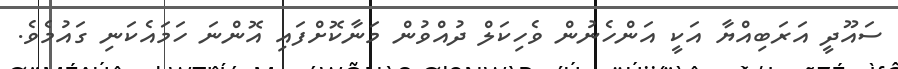
ސައޫދީ އަރަބިއްޔާ އަކީ އަންހެނުން ވެހިކަލް ދުއްވުން މަނާކޮށްފައި އޮންނަ ހަމައެކަނި ގައުމެވެ.